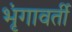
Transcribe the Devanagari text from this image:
भृंगावर्ती